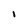
Character: I